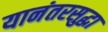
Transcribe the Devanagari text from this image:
यानंतरसुद्धा